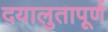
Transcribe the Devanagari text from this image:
दयालुतापूर्ण